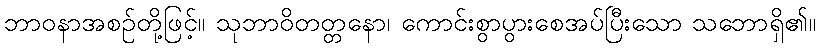
ဘာဝနာအစဉ်တို့ဖြင့်။ သုဘာဝိတတ္တနော၊ ကောင်းစွာပွားစေအပ်ပြီးသော သဘောရှိ၏။